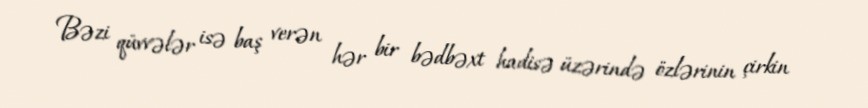
Bəzi qüvvələr isə baş verən hər bir bədbəxt hadisə üzərində özlərinin çirkin